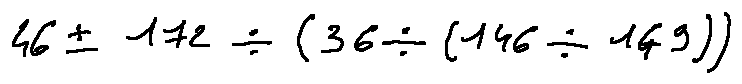
4 6 \pm 1 7 2 \div ( 3 6 \div ( 1 4 6 \div 1 4 9 ) )